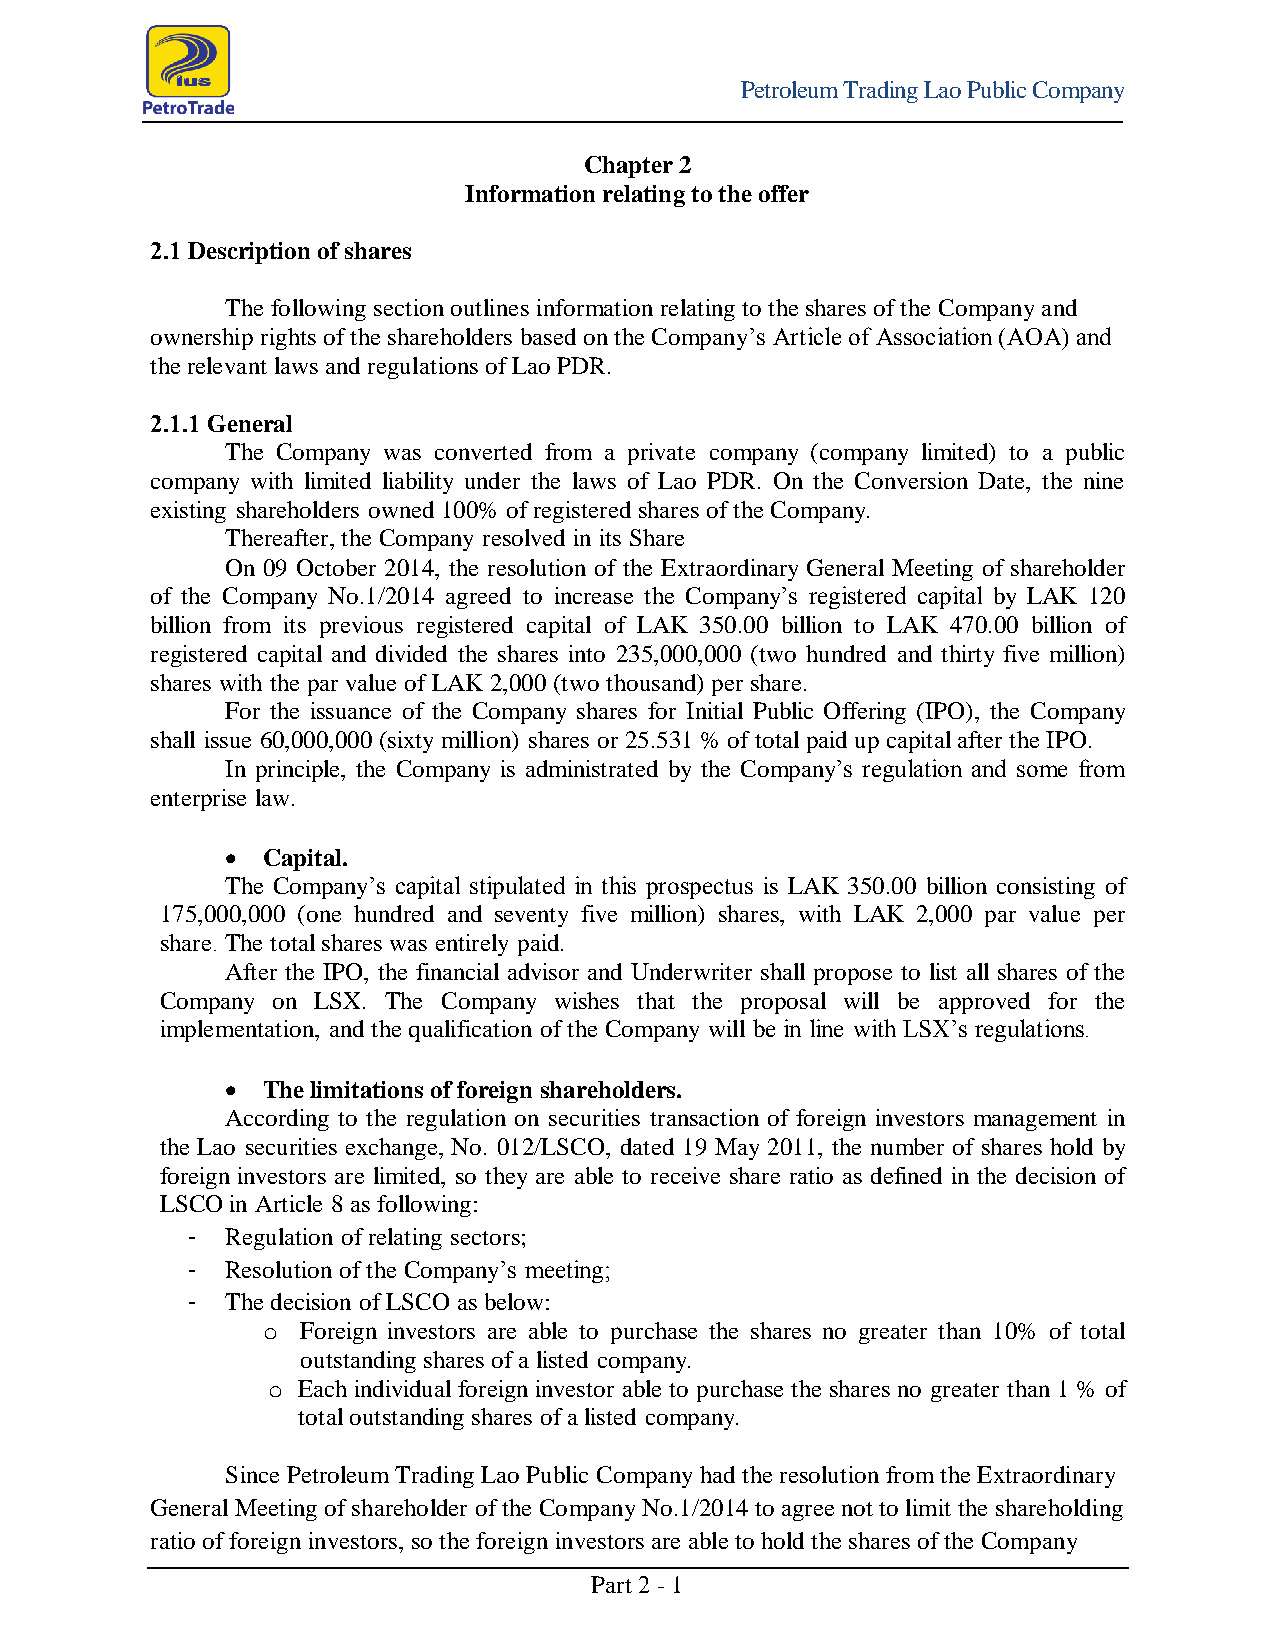
Petroleum Trading Lao Public Company
 Chapter 2
 Information relating to the offer
 2.1 Description of shares
 The following section outlines information relating to the shares of the Company and
 ownership rights of the shareholders based on the Company’s Article of Association (AOA) and
 the relevant laws and regulations of Lao PDR.
 2.1.1 General
 The Company was converted from a private company (company limited) to a public
 company with limited liability under the laws of Lao PDR. On the Conversion Date, the nine
 existing shareholders owned 100% of registered shares of the Company.
 Thereafter, the Company resolved in its Share
 On 09 October 2014, the resolution of the Extraordinary General Meeting of shareholder
 of the Company No.1/2014 agreed to increase the Company’s registered capital by LAK 120
 billion from its previous registered capital of LAK 350.00 billion to LAK 470.00 billion of
 registered capital and divided the shares into 235,000,000 (two hundred and thirty five million)
 shares with the par value of LAK 2,000 (two thousand) per share.
 For the issuance of the Company shares for Initial Public Offering (IPO), the Company
 shall issue 60,000,000 (sixty million) shares or 25.531 % of total paid up capital after the IPO.
 In principle, the Company is administrated by the Company’s regulation and some from
 enterprise law.
  Capital.
 The Company’s capital stipulated in this prospectus is LAK 350.00 billion consisting of
 175,000,000 (one hundred and seventy five million) shares, with LAK 2,000 par value per
 share. The total shares was entirely paid.
 After the IPO, the financial advisor and Underwriter shall propose to list all shares of the
 Company on LSX. The Company wishes that the proposal will be approved for the
 implementation, and the qualification of the Company will be in line with LSX’s regulations.
  The limitations of foreign shareholders.
 According to the regulation on securities transaction of foreign investors management in
 the Lao securities exchange, No. 012/LSCO, dated 19 May 2011, the number of shares hold by
 foreign investors are limited, so they are able to receive share ratio as defined in the decision of
 LSCO in Article 8 as following:
 Regulation of relating sectors;
 -
 Resolution of the Company’s meeting;
 -
 The decision of LSCO as below:
 -
 o  Foreign investors are able to purchase the shares no greater than 10% of total
 outstanding shares of a listed company.
 o Each individual foreign investor able to purchase the shares no greater than 1 % of
 total outstanding shares of a listed company.
 Since Petroleum Trading Lao Public Company had the resolution from the Extraordinary
 General Meeting of shareholder of the Company No.1/2014 to agree not to limit the shareholding
 ratio of foreign investors, so the foreign investors are able to hold the shares of the Company
 Part 2 - 1